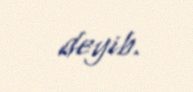
deyib.